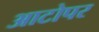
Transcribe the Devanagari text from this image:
आटोपर